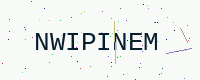
Text: NWIPINEM